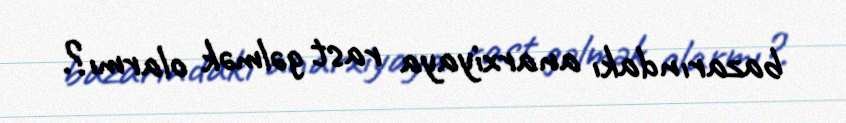
bazarındakı anarxiyaya rast gəlmək olarmı?.